Calcutta medical institutions reports 1892-1900
Year: 1892
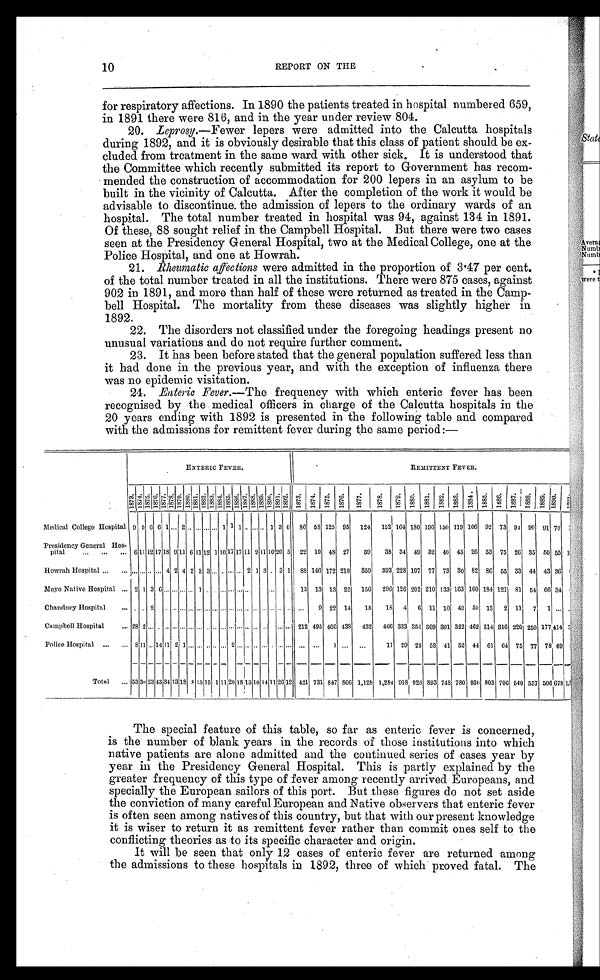
10
REPORT ON THE
for respiratory affections. In 1890 the patients treated in hospital numbered 659,
in 1891 there were 816, and in the year under review 804.
20.
L e p r o s y . —
F e w e r l e p e r s w e r e a d m i t t e d i n t o t h e C a l c u t t a h o s p i t a l s
during 1892, and it is obviously desirable that this class of patient should be ex-
cluded from treatment in the same ward with other sick. It is understood that
the Committee which recently submitted its report to Government has recom-
mended the construction of accommodation for 200 lepers in an asylum to be
built in the vicinity of Calcutta. After the completion of the work it would be
advisable to discontinue, the admission of lepers to the ordinary wards of an
hospital. The total number treated in hospital was 94, against 134 in 1891.
Of these, 88 sought relief in the Campbell Hospital. But there were two cases
seen at the Presidency General Hospital, two at the Medical College, one at the
Police Hospital, and one at Howrah.
21. Rheumatic affections were admitted in the proportion of 3.47 per cent.
of the total number treated in all the institutions. There were 875 cases, against
902 in 1891, and more than half of these were returned as treated in the Camp-
bell Hospital. The mortality from these diseases was slightly higher in
1892.
22. The disorders not classified under the foregoing headings present no
unusual variations and do not require further comment.
23. It has been before stated that the general population suffered less than
it had done in the previous year, and with the exception of influenza there
was no epidemic visitation.
24. Enteric Fever.—The frequency with which enteric fever has been
recognised by the medical officers in charge of the Calcutta hospitals in the
20 years ending with 1892 is presented in the following table and compared
with the admissions for remittent fever during the same period:—
ENTERIC FEVER.
REMITTENT FEVER.
1873. 1874.
1875.
1 8 7 6 . 1877.
1878.
1 8 7 9 .
1 8 8 0 . 1881. 1 8 8 2 . 1883. 1 8 8 4 . 1885. 1886. 1887. 1 8 8 8 .
1889. 1890.
1 8 9 1 .
1 8 9 2 . 1873. 1874. 1875. 1876.
1877.
1878.
1879. 1880. 1881. 1882. 1883. 1884. 1885.
1886.
1887.
1888.
1889.
1890.
1 8 9 1 .
Medical College Hospital 9 5 6 6 1 ... 2 . . . ... ... ... 1 1 1 . . . . . . . . . 1 3 6 86 58 125 95 124 152 164 180 196 150 119 106 92 73 94 90 91 70
Presidency General Hos-
pital
...
...
... 6 11 12 17 18 9 11 6 11 12 1 10 17 17 11 9 11 10 20 5 22 10 48 27 39 38 34 49 32 40 45 26 53 75 26 35 50 55 1
Howrah Hospital ...
... ... ... ... ... 4 2 4 2 3 3 . . . . . . ... ... 2 1 3 . . . 3 1 88 146 172 210
359
393 228 107 77 73 30 82 86 55 33 44 43 36
Mayo Native Hospital ... 2 1 3 6 ... ... ... ... 1 ... . . . . . . ... ... ... . . . . . . . . . . . . . . . 13 13 13 22 156 206 126 202 210 133 163 160 184 121 81 54 66 34
Chandney Hospital
... . . . . . . 2 . . . . . .... ... ... ... ... ... ... ... ... ... ... . . . . . .... ... ... 9 22 14 18 18 4 6 11 10 49 50 13 2 11 7 1 ...
Campbell Hospital
... 28 2 ... . . . ... ... ... ... ... ... ... ... ... ... ... ... . . . . . . ... . . . 212 495 466 438 432 466 333 354 309 301 322 462 314 316 220 250 177 414 7
Police Hospital ...
... 8 11 ... 14 11 2 1 . . . ... . . . . . . . . . 2 . . . . . . . . . . . . . . . . . . . . . . . . . . . 1 ...
. . . 11 29 28 58 41 52 44 61 64 75 77 78 69
Total
... 53 30 23 43 34 13 18 8 15 15 1 1120 18 13 10 14 11 26 12 421 731 847 806 1,128 1,284 918 926 893 748 780 930 803 706 540 557 506 678 1,1
The special feature of this table, so far as enteric fever is concerned,
is the number of blank years in the records of those institutions into which
native patients are alone admitted and the continued series of cases year by
year in the Presidency General Hospital. This is partly explained by the
greater frequency of this type of fever among recently arrived Europeans, and
s
pecially the European sailors of this port. But these figures do not set aside
t h e c o n v i c t i o n o f m a n y c a r e f u l E u r o p e a n a n d N a t i v eo
b s e r v e r s t h a t e n t e r i c f e v e r
is often seen among natives of this country, but that with our present knowledge
it is wiser to return it as remittent fever rather than commit ones self to the
conflicting theories as to its specific character and origin.
It will be seen that only 12 cases of enteric fever are returned among
the admissions to these hospitals in 1892, three of which proved fatal. The